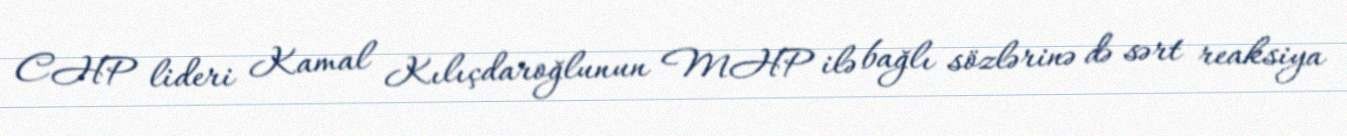
CHP lideri Kamal Kılıçdaroğlunun MHP ilə bağlı sözlərinə də sərt reaksiya